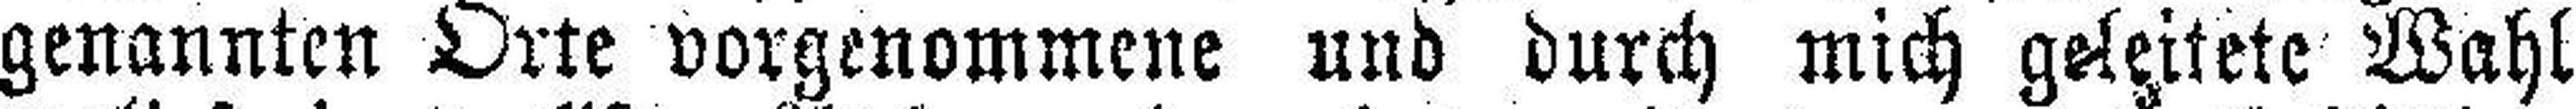
genannten Orte vorgenommene und durch mich geleitete Wahl